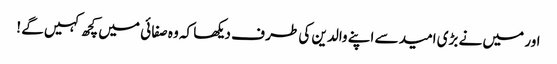
اور میں نے بڑی امید سے اپنے والدین کی طر ف دیکھا کہ وہ صفا ئی میں کچھ کہیں گے !